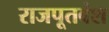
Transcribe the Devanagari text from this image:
राजपूतवंश